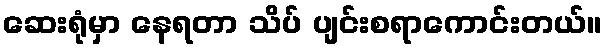
ဆေးရုံမှာ နေရတာ သိပ် ပျင်းစရာကောင်းတယ်။